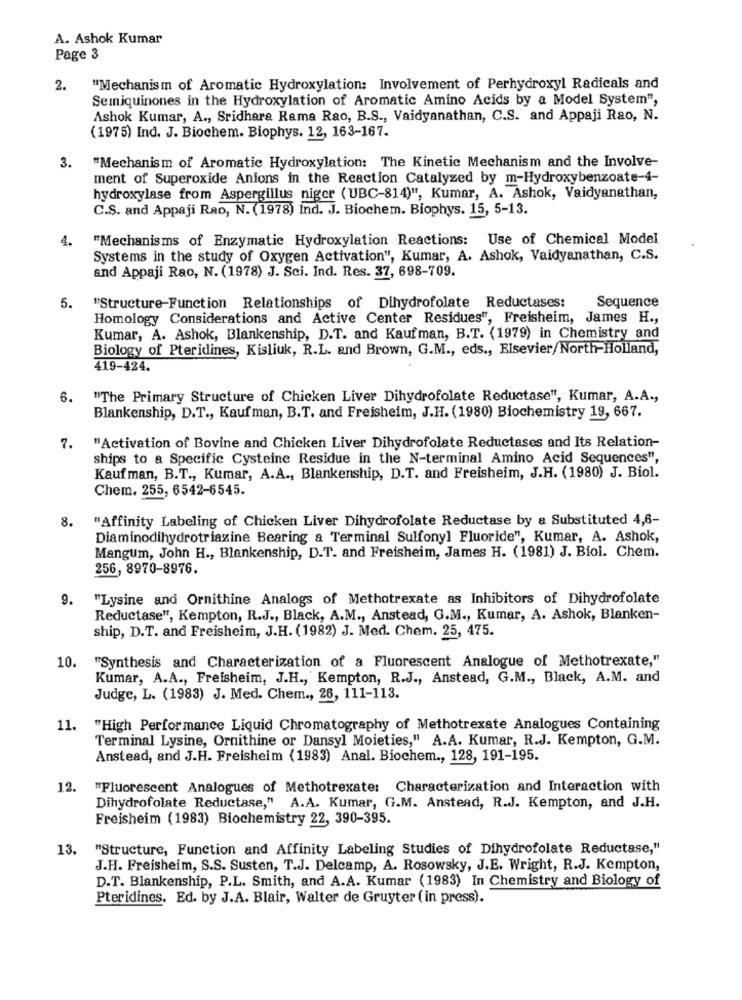
A. Ashok Kumar
Page 3
2.
"Mechanism of Aromatic Hydroxylation: Involvement of Perhydroxyl Radicals and
Semiquinones in the Hydroxylation of Aromatic Amino Acids by a Model System",
Ashok Kumar, A ., Sridhara Rama Rao, B.S ., Vaidyanathan, C.S. and Appaji Rao, N.
(1975) Ind. J. Biochem. Biophys. 12, 163-167.
"Mechanism of Aromatic Hydroxylation: The Kinetic Mechanism and the Involve-
3.
ment of Superoxide Anions in the Reaction Catalyzed by m-Hydroxybenzoate-4-
hydroxylase from Aspergillus niger (UBC-814)", Kumar, A. Ashok, Vaidyanathan,
C.S. and Appaji Rao, N. (1978) Ind. J. Biochem. Biophys. 15, 5-13.
4.
"Mechanisms of Enzymatic Hydroxylation Reactions: Use of Chemical Model
Systems in the study of Oxygen Activation", Kumar, A. Ashok, Vaidyanathan, C.S.
and Appaji Rao, N. (1978) J. Sci. Ind. Res. 37, 698-709.
5.
"Structure-Function Relationships of Dihydrofolate Reductases:
Sequence
Homology Considerations and Active Center Residues", Freisheim, James H .,
Kumar, A. Ashok, Blankenship, D.T. and Kaufman, B.T. (1979) in Chemistry and
Biology of Pteridines, Kisliuk, R.L. and Brown, G.M ., eds ., Elsevier/North-Holland,
419-424.
6.
"The Primary Structure of Chicken Liver Dihydrofolate Reductase", Kumar, A.A .,
Blankenship, D.T ., Kauf man, B.T. and Freisheim, J.H. (1980) Biochemistry 19, 667.
7.
"Activation of Bovine and Chicken Liver Dihydrofolate Reductases and Its Relation-
ships to a Specific Cysteine Residue in the N-terminal Amino Acid Sequences",
Kauf man, B.T ., Kumar, A.A ., Blankenship, D.T. and Freisheim, J.H. (1980) J. Biol.
Chem. 255, 6542-6545.
8.
"Affinity Labeling of Chicken Liver Dihydrofolate Reductase by a Substituted 4,6-
Diaminodihydrotriazine Bearing a Terminal Sulfonyl Fluoride", Kumar, A. Ashok,
Mangum, John H ., Blankenship, D.T. and Freisheim, James H. (1981) J. Biol. Chem.
256, 8970-8976.
9.
"Lysine and Ornithine Analogs of Methotrexate as Inhibitors of Dihydrofolate
Reductase", Kempton, R.J ., Black, A.M ., Anstead, G.M ., Kumar, A. Ashok, Blanken-
ship, D.T. and Freisheim, J.H. (1982) J. Med. Chem. 25, 475.
"Synthesis and Characterization of a Fluorescent Analogue of Methotrexate,"
10.
Kumar, A.A ., Freisheim, J.H ., Kempton, R.J ., Anstead, G.M ., Black, A.M. and
Judge, L. (1983) J. Med. Chem ., 26, 111-113.
11.
"High Performance Liquid Chromatography of Methotrexate Analogues Containing
Terminal Lysine, Ornithine or Dansyl Moieties," A.A. Kumar, R.J. Kempton, G.M.
Anstead, and J.H. Freisheim (1983) Anal. Biochem ., 128, 191-195.
12.
"Fluorescent Analogues of Methotrexate: Characterization and Interaction with
Dihydrofolate Reductase," A.A. Kumar, G.M. Anstead, R.J. Kempton, and J.H.
Freisheim (1983) Biochemistry 22, 390-395.
13.
"Structure, Function and Affinity Labeling Studies of Dihydrofolate Reductase,"
J.H. Freisheim, S.S. Susten, T.J. Delcamp, A. Rosowsky, J.E. Wright, R.J. Kempton,
D.T. Blankenship, P.L. Smith, and A.A. Kumar (1983) In Chemistry and Biology of
Pteridines. Ed. by J.A. Blair, Walter de Gruyter ( in press).